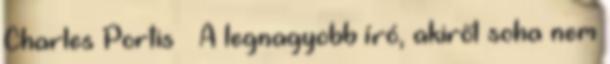
Charles Portis – A legnagyobb író, akiről soha nem